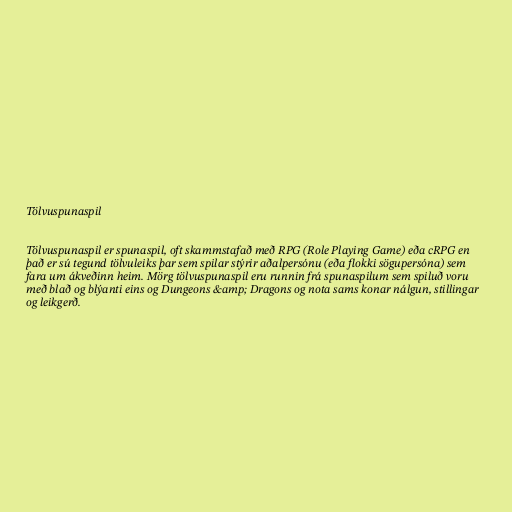
Tölvuspunaspil

Tölvuspunaspil er spunaspil, oft skammstafað með RPG (Role Playing Game) eða cRPG en
það er sú tegund tölvuleiks þar sem spilar stýrir aðalpersónu (eða flokki sögupersóna) sem
fara um ákveðinn heim. Mörg tölvuspunaspil eru runnin frá spunaspilum sem spiluð voru
með blað og blýanti eins og Dungeons &amp; Dragons og nota sams konar nálgun, stillingar
og leikgerð.